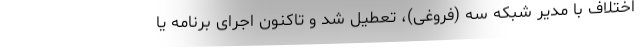
اختلاف با مدیر شبکه سه (فروغی)، تعطیل شد و تاکنون اجرای برنامه یا